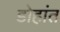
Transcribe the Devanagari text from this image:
डोहांत